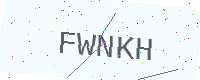
Text: FWNKH